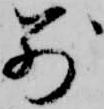
別